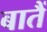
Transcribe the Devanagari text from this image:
बातैं